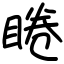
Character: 睠